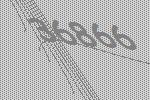
36866